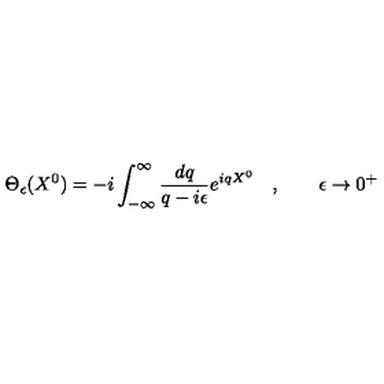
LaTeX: \Theta _ { \epsilon } ( X ^ { 0 } ) = - i \int _ { - \infty } ^ { \infty } \frac { d q } { q - i \epsilon } e ^ { i q X ^ { 0 } } \quad , \qquad \epsilon \rightarrow 0 ^ { + }